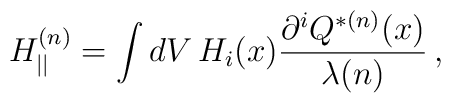
H_{||}^{(n)} = \int dV  \, H_{i}(x)\frac{{\partial}^i Q^{*(n)}(x)}{\lambda(n)} \, ,